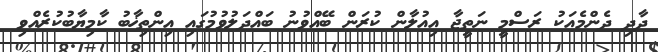
ދާދި ދެންމެއަކު ރަސްމީ ނަތީޖާ އިއުލާން ކުރަން ބޭއްވުނު ބައްދަލުވުމުގައި އިންތިޚާބު ކާމިޔާބުކުރެއްވި